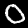
Digit: 0